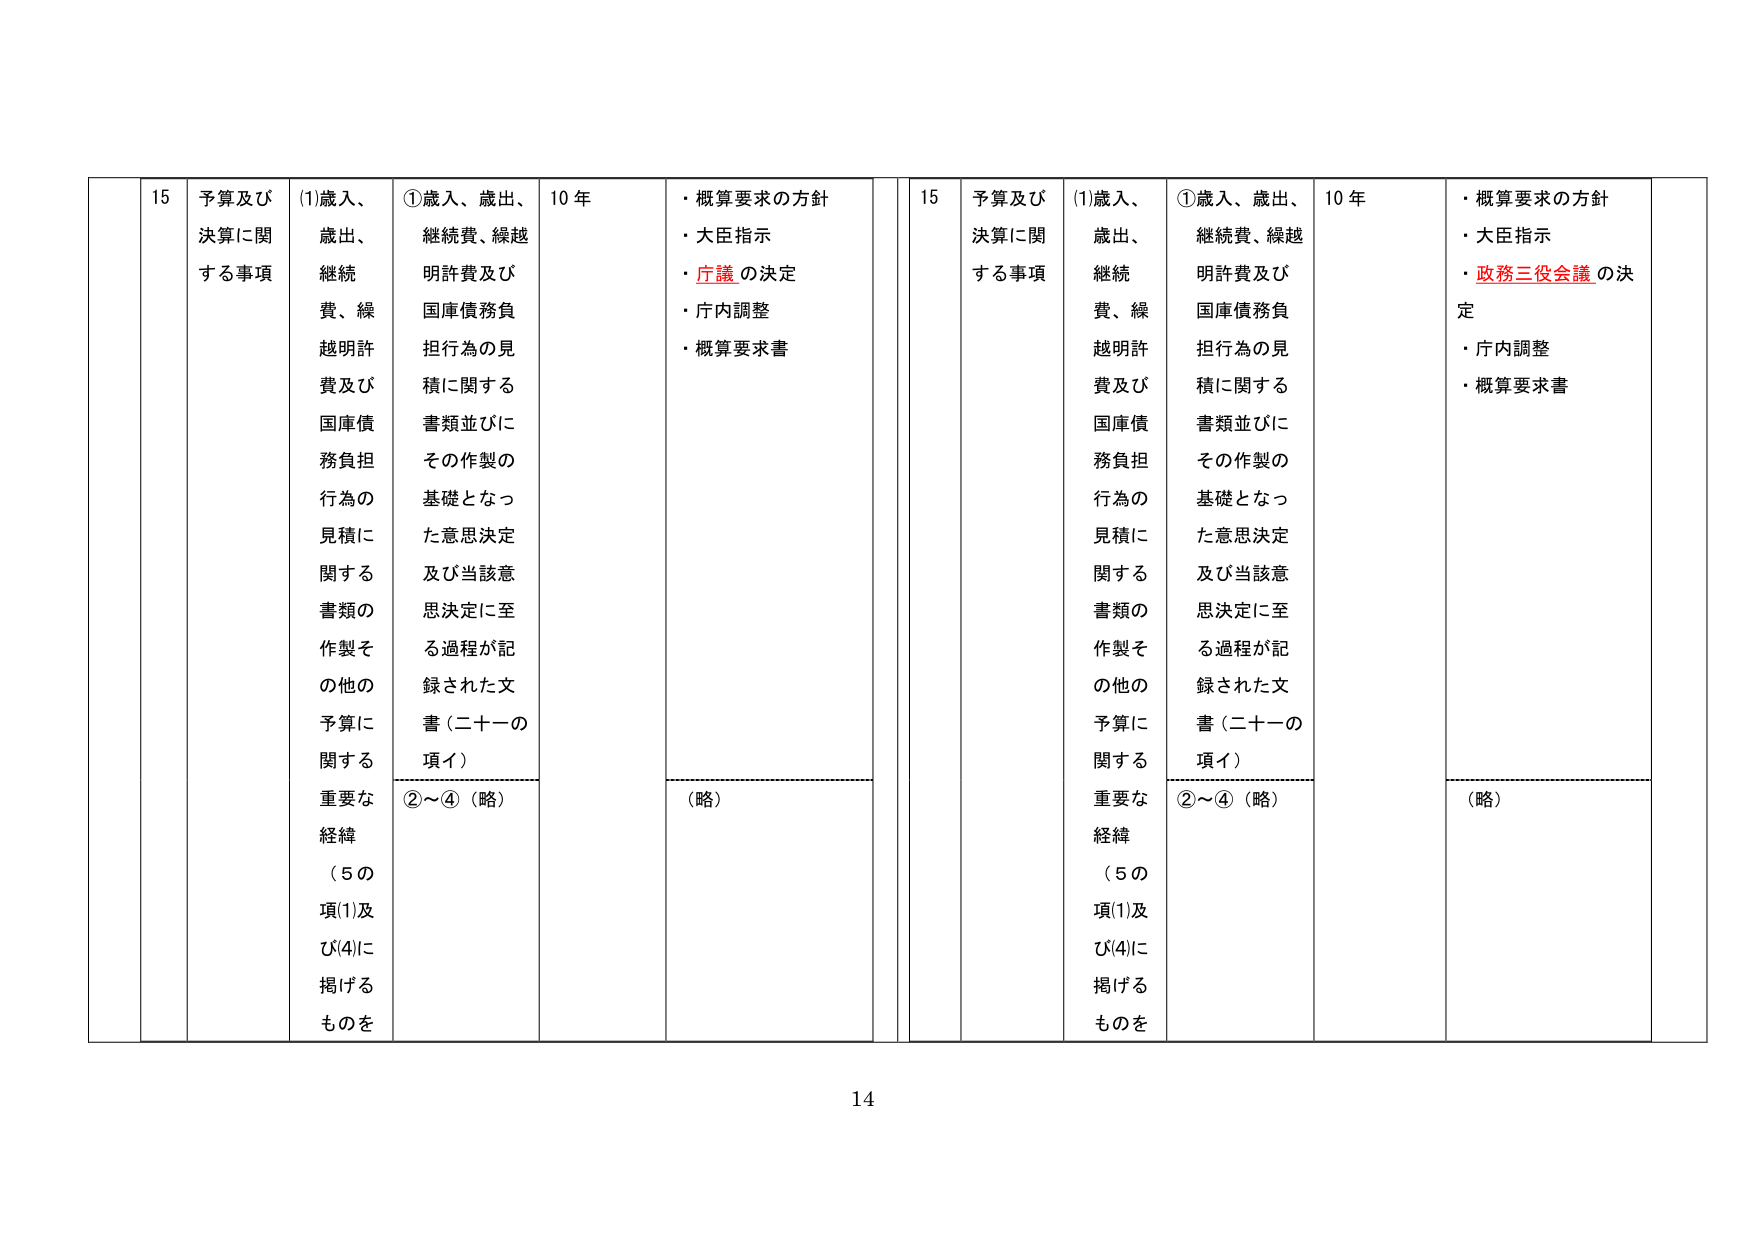
15 予算及び決算に関する事項
(1)歳入、歳出、継続費、繰越明許費及び国庫債務負担行為の見積に関する書類の作製その他の予算に関する重要な経緯（5の項(1)及び(4)に掲げるものを
①歳入、歳出、継続費、繰越明許費及び国庫債務負担行為の見積に関する書類並びにその作製の基礎となった意思決定及び当該意思決定に至る過程が記録された文書（二十一の項イ）
②～④（略）
10 年
・概算要求の方針
・大臣指示
・庁議の決定
・庁内調整
・概算要求書
（略）

15 予算及び決算に関する事項
(1)歳入、歳出、継続費、繰越明許費及び国庫債務負担行為の見積に関する書類の作製その他の予算に関する重要な経緯（5の項(1)及び(4)に掲げるものを
①歳入、歳出、継続費、繰越明許費及び国庫債務負担行為の見積に関する書類並びにその作製の基礎となった意思決定及び当該意思決定に至る過程が記録された文書（二十一の項イ）
②～④（略）
10 年
・概算要求の方針
・大臣指示
・政務三役会議の決定
・庁内調整
・概算要求書
（略）

14